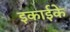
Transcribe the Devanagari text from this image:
इकाईके